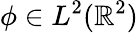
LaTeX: \phi\in{L^{2}(\mathbb{R}^{2})}